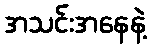
အသင်းအနေနဲ့